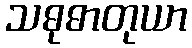
သဓုဓာတုယာ